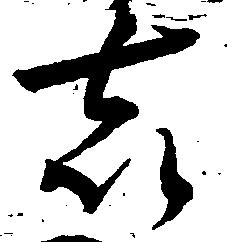
喜